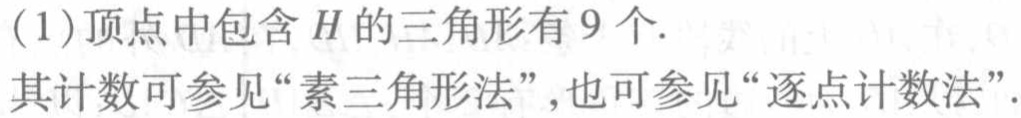
(1)顶点中包含\(H\)的三角形有\(9\)个.
其计数可参见“素三角形法”,也可参见“逐点计数法”.